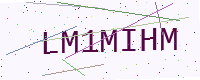
Text: LM1MIHM